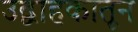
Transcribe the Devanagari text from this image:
उद्वाहकातून